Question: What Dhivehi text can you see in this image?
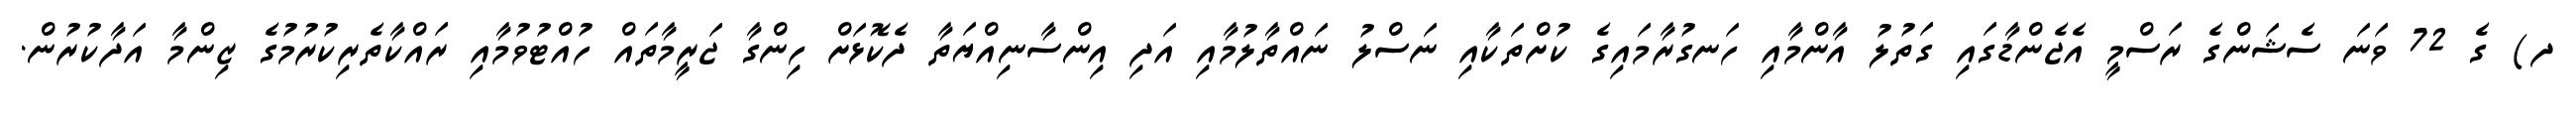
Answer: ދ) ގެ 72 ވަނަ ސެޝަންގެ ރަސްމީ އެޖެންޑާގައި ގަތުލު އާންމާއި ހަނގުރާމައިގެ ކުށްތަކާއި ނަސްލު ނައްތާލުމާއި އަދި އިންސާނިއްޔަތާ ދެކޮޅަށް ހިންގާ ޖަރީމާތައް ހުއްޓުވުމާއި ރައްކާތެރިކުރުމުގެ ޒިންމާ އަދާކުރުން.